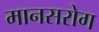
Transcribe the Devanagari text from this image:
मानसरोग